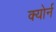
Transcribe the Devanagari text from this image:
क्योर्न